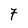
Character: 7